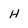
Character: H